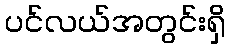
ပင်လယ်အတွင်းရှိ